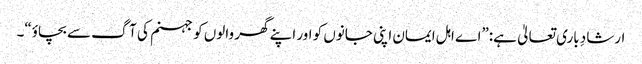
ارشادِ باری تعالیٰ ہے:”اے اہل ایمان اپنی جانوں کو اور اپنے گھر والوں کو جہنم کی آگ سے بچاؤ“۔